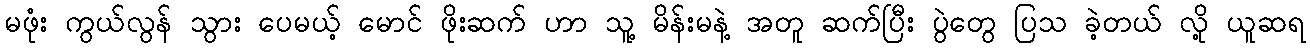
မဖုံး ကွယ်လွန် သွား ပေမယ့် မောင် ဖိုးဆက် ဟာ သူ့ မိန်းမနဲ့ အတူ ဆက်ပြီး ပွဲတွေ ပြသ ခဲ့တယ် လို့ ယူဆရ